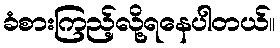
ခံစားကြည့်လို့ရနေပါတယ်။